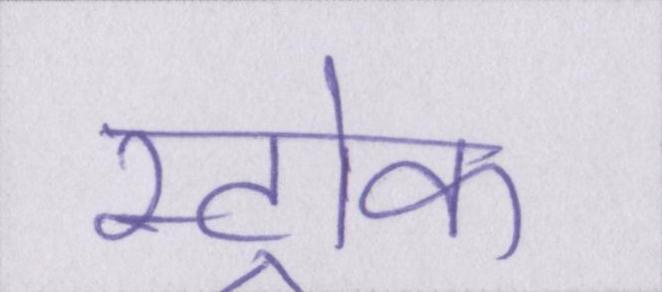
स्ट्रोक